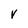
Character: V